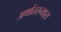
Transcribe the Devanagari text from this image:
अर्थातरन्यास